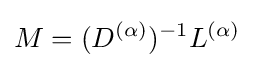
M=({D}^{(\alpha )})^{-1}L^{(\alpha )}